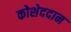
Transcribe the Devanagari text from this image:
कोशेददान